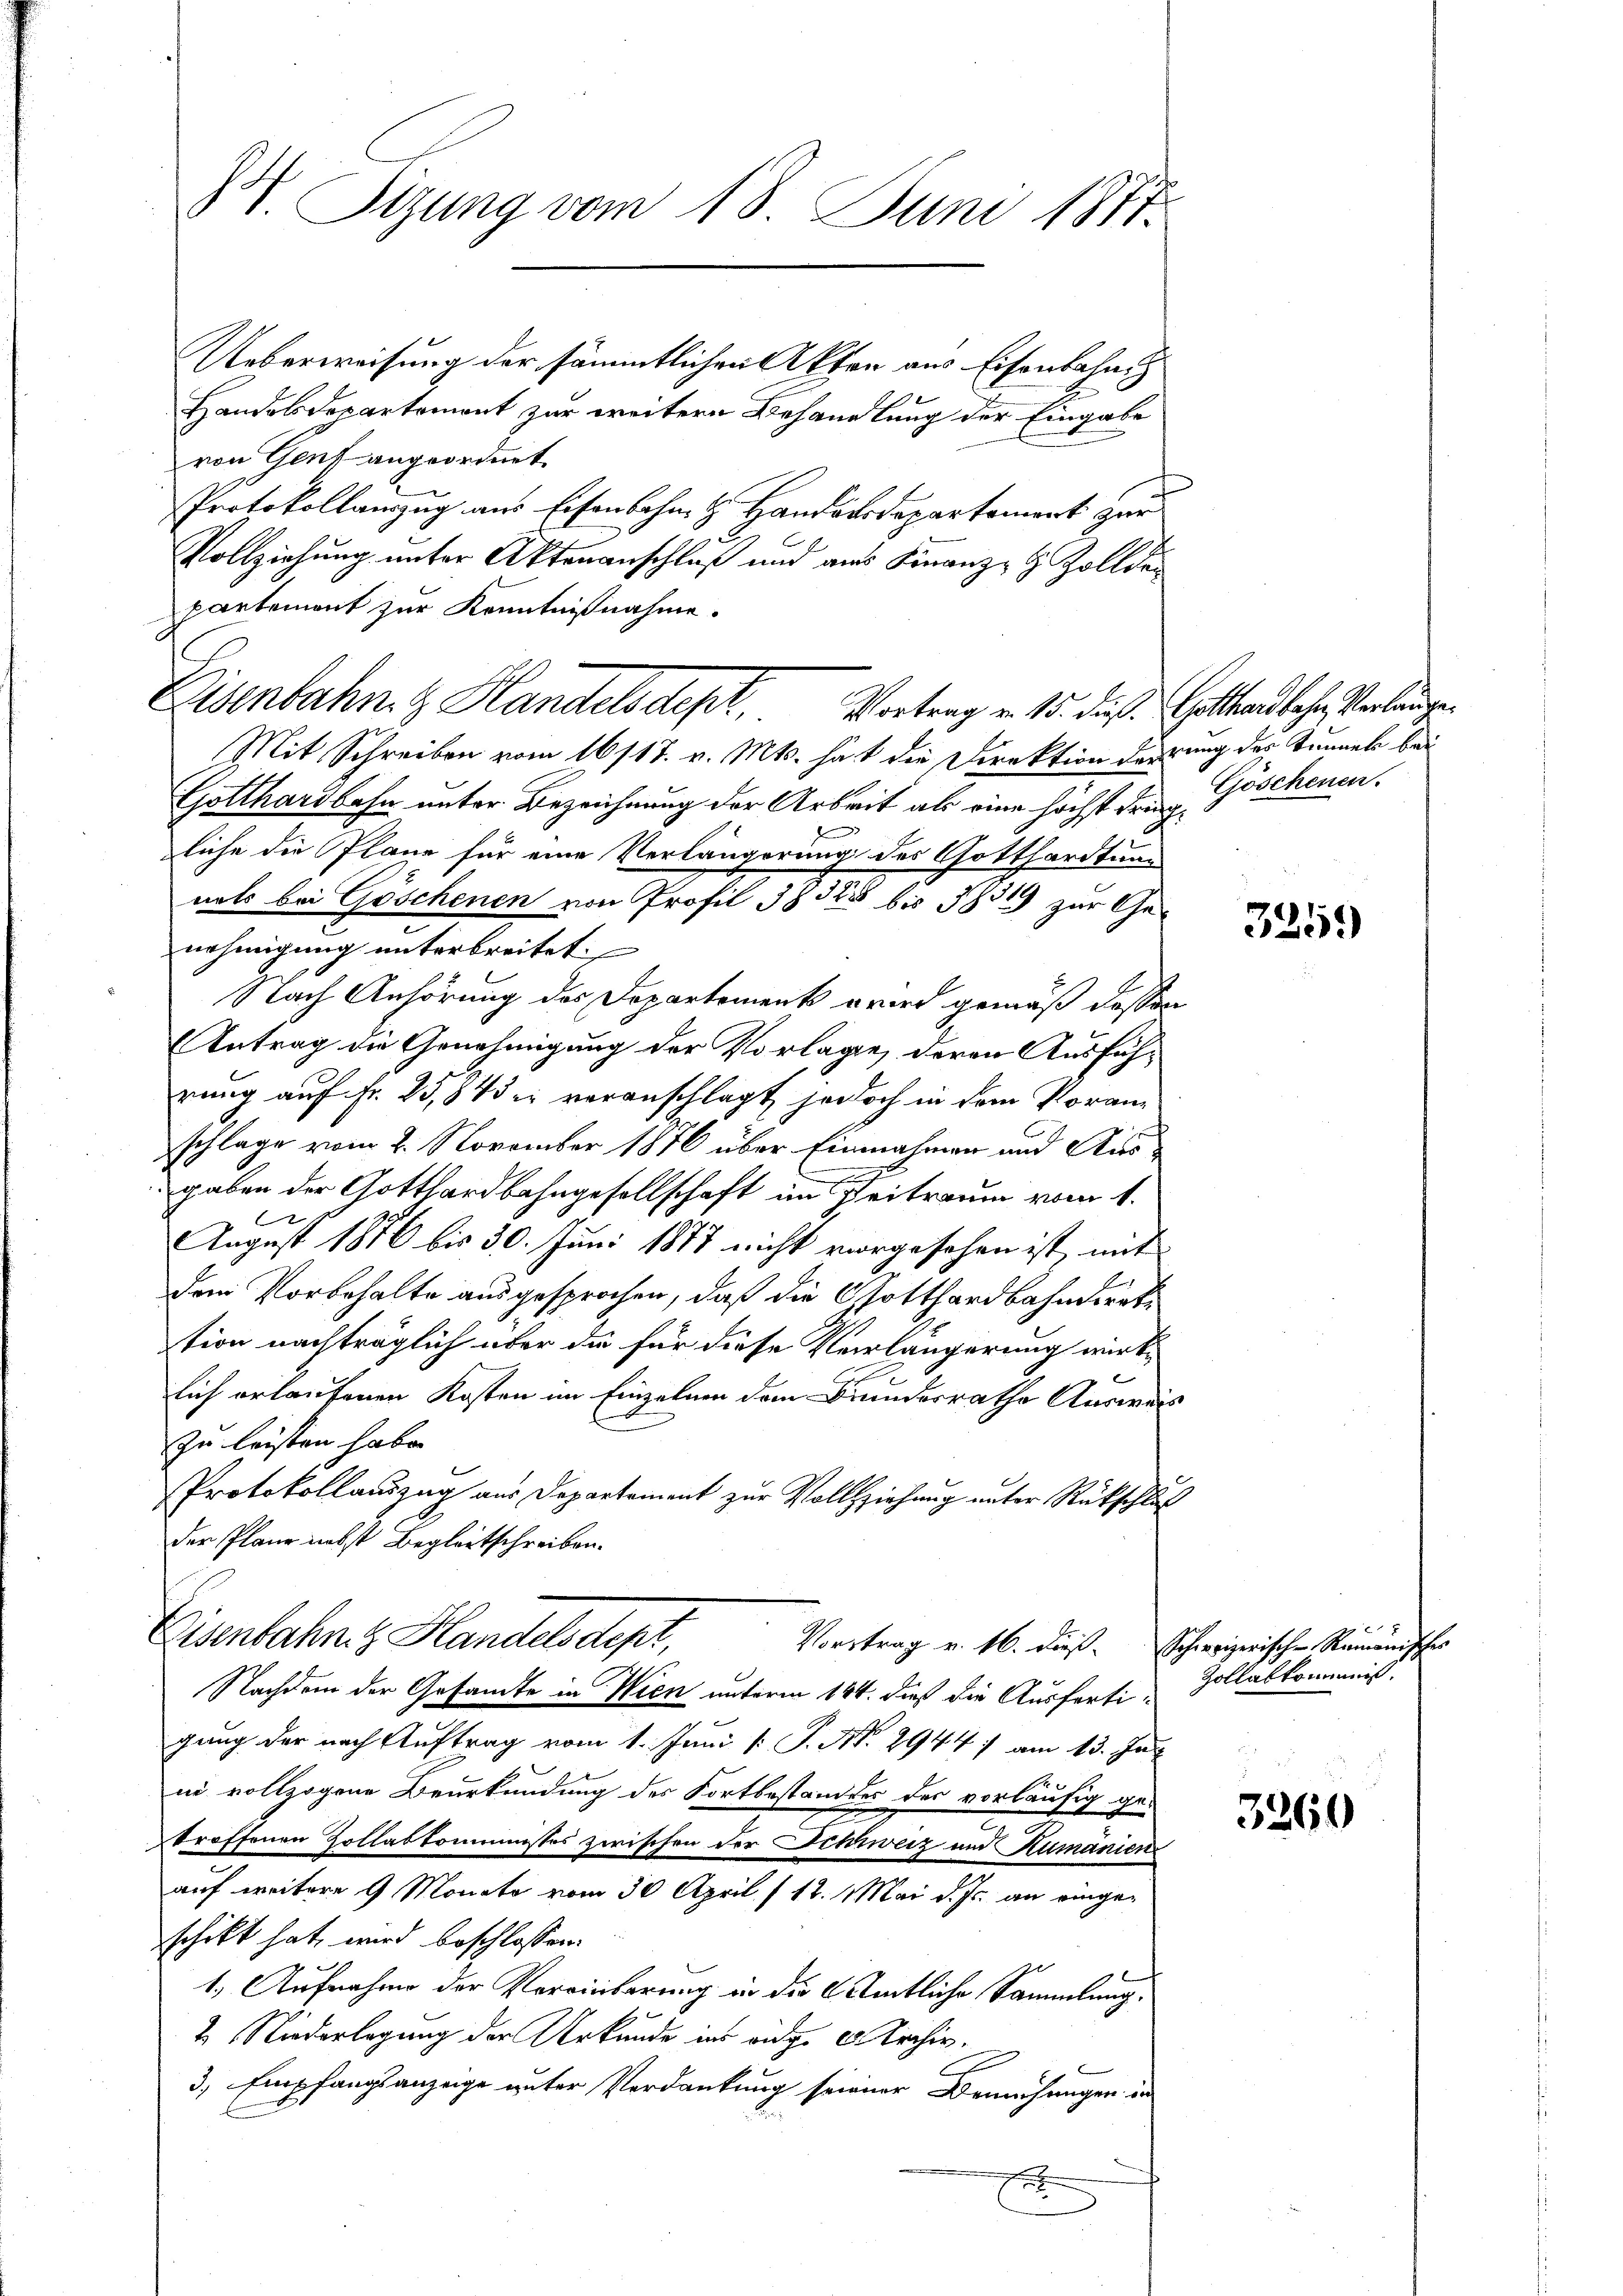
H. izung vom 18. Juni 1817.

Ueberweisung der sämmtlichen Akten aus Eisenbahn
Handesdepartement zur weitere Behandlung der Eingabe
von Genf angeordnet
Protokollauszug aus Eisenbahn H. Handändepartament zur
Vollziehung unter Aktenanschluß und aus Finanz- & Zollde
partement zur Kenntnißnahme.
Mit Schreiben vom 16/18. v. Mts. hat die Direktion derrung des Tunnel bei
Gotthardbahn unter Bezeichnung der Arbeit als eine höchst dringliche die Pläne für eine Verlängerung des Gotthardtung
nats bei Göschenen von Profil 1832 bis 1851 zur Ge-
nehmigung unterbreitet
Nach Anhörung des Departement wird gemäß dessen
Antrag die Genehmigung der Vorlage, deren Ausführung auf Fr. 25,843 in voranschlagt, jedoch in dem Voranschlage vom 2. November 1876 über Einnahmen und Ausgaben der Gotthardbahngesellschaft im Beitraum vom 1.

August 1876 bis 30. Juni 1877 nicht vorgesehen ist, mit
dem Vorbehalte ausgesprochen, daß die Gotthardbahnderete
tion nachträglich über die für diese Verlängerung wirklich erlaufenen Kosten im Einzelnen dem Bundesrathe Auswär
zu leisten habe.
Protokollauszug aus Departement zur Vollziehung unter Rückschluß
der Plane nebst Begleitschreiben.
Eisenbahn z Handelsdept,
Vortrag v. 16. dieβ.  Schweizerisch-Ramanisches
Nachdem der Gesandte in Wien unterm 184. dieß die Ausfertigung der nach Auftrag vom 1. Juni [ P. Nr. 2944 : am 13. Jun
in vollzogene Beurkundung des Fortbestandtes des vorläufig ge-
troffenen Zollabkommisses zwischen der Schweiz und Rumänien
auf weitere 9 Monate vom 30. April /12. Mai d. Js. an eingeschikt hat, wird beschlossen
1.) Aufnahme der Vereinbarung in die Amtliche Sammlung.
2. Niederlegung der Urkunde ins eidg. 6 Archiv.
C
3.) Empfangsanzeige unter Verdankung seiener Bemühungen in
e
s

Eisenbahn z. Handelsdest. Vortrag v. 15. dies Golltenbeher Verlangen

Göschenen.

.

325.

Zollabkommis.

3260